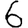
Digit: 6